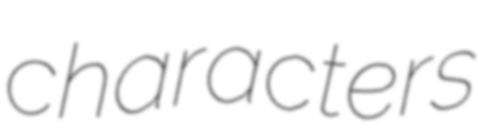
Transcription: characters